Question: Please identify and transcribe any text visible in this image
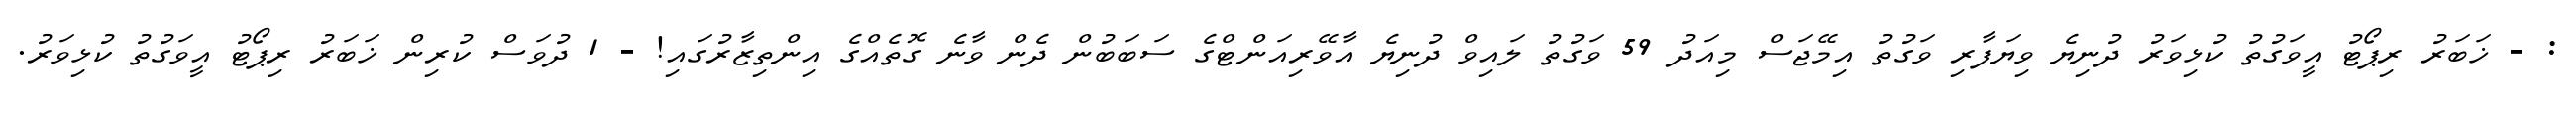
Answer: : - ޚަބަރު ރިޕޯޓު އީވަގުތު ކުޅިވަރު ދުނިޔެ ވިޔަފާރި ވަގުތު އިމޭޖަސް މިއަދު 59 ވަގުތު ލައިވް ދުނިޔެ އާވޭރިއަންޓްގެ ސަބަބުން ދެން ވާނެ ގޮތެއްގެ އިންތިޒާރުގައި! - 1 ދުވަސް ކުރިން ޚަބަރު ރިޕޯޓު އީވަގުތު ކުޅިވަރު.